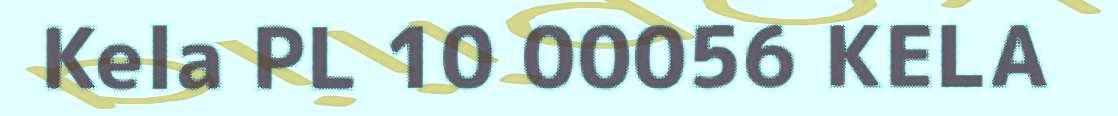
Kela PL 10 00056 KELA